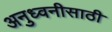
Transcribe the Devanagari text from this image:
अनुध्वनीसाठी